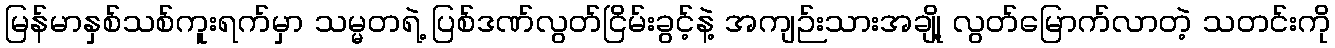
မြန်မာနှစ်သစ်ကူးရက်မှာ သမ္မတရဲ့ ပြစ်ဒဏ်လွတ်ငြိမ်းခွင့်နဲ့ အကျဉ်းသားအချို့ လွတ်မြောက်လာတဲ့ သတင်းကို